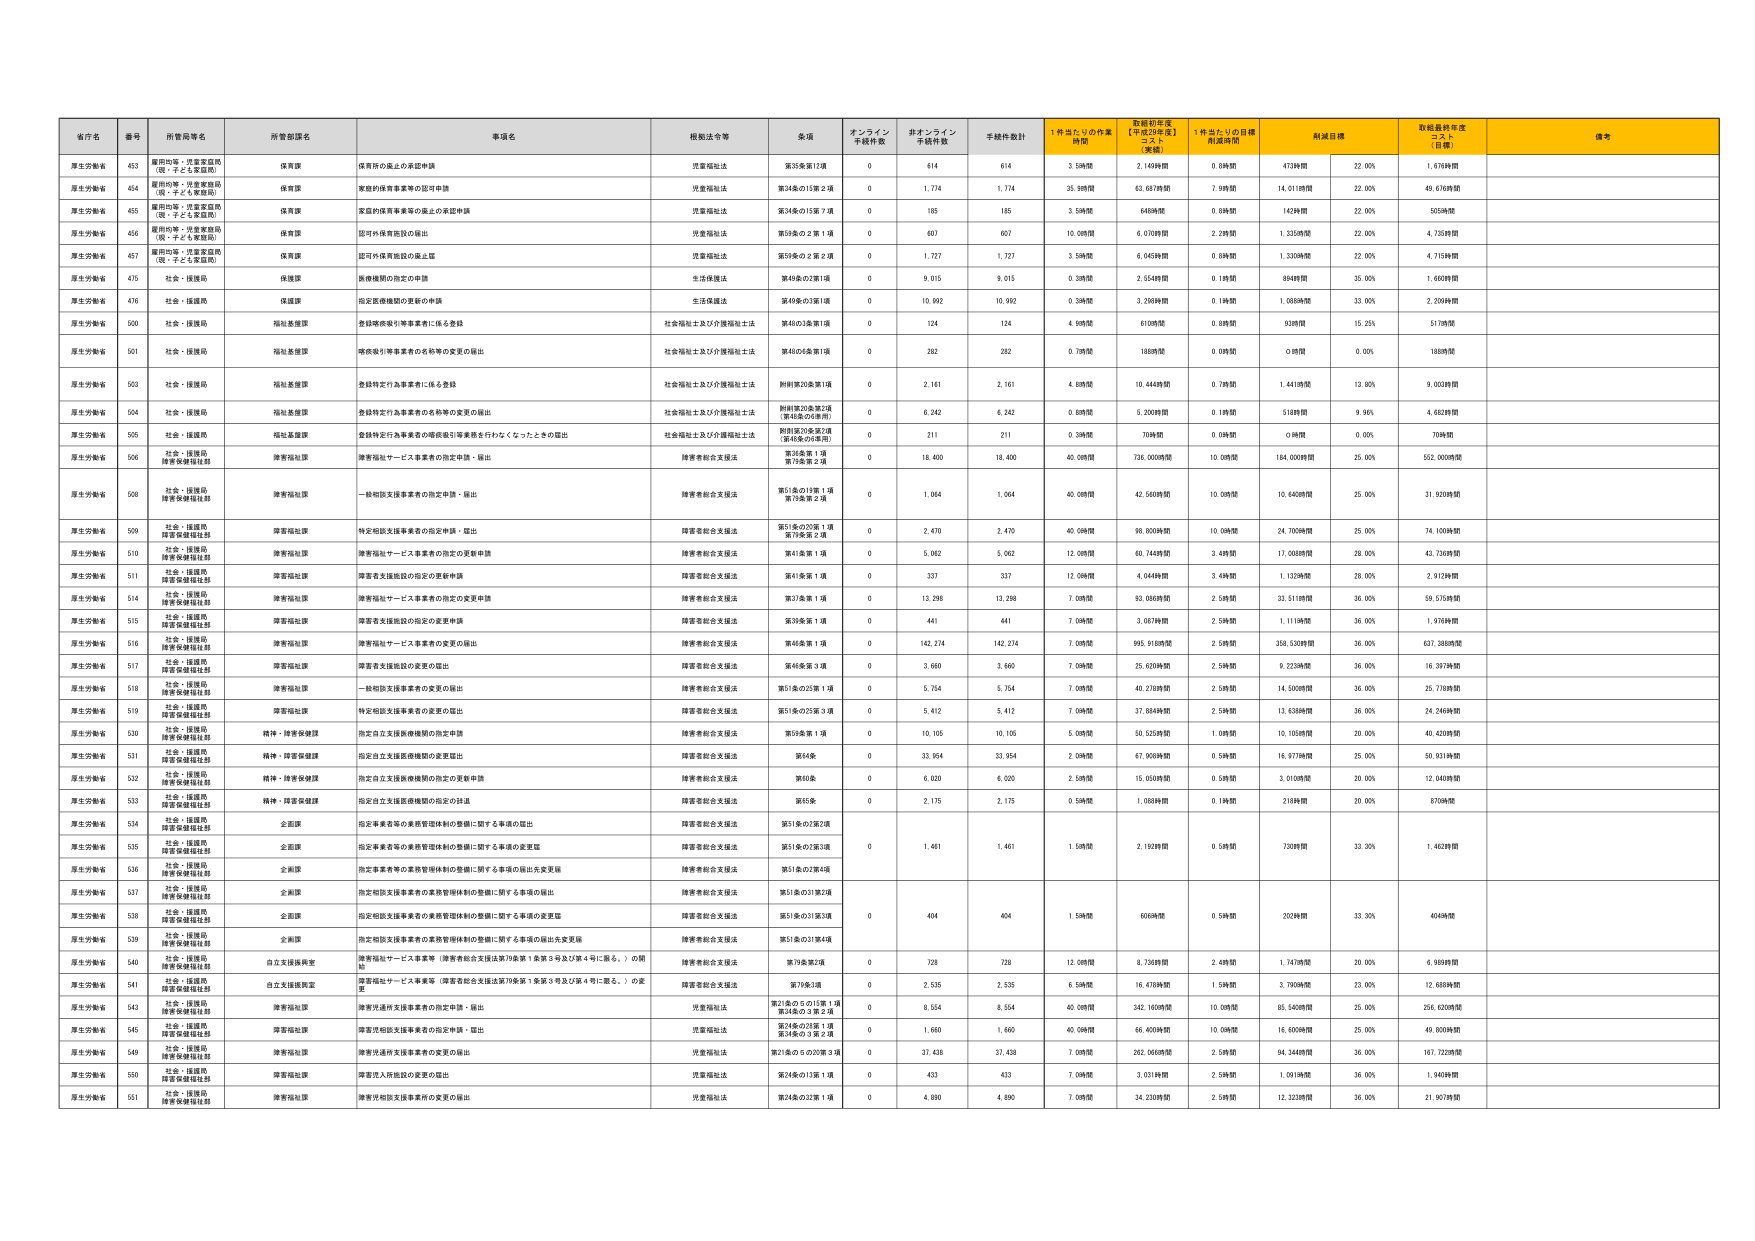
厚生労働省 453 雇用均等・児童家庭局 （就・子ども家庭局） 保育課 保育所の廃止の承認申請 児童福祉法 第35条第1項 0 614 614 3.59時間 2.149時間 0.69時間 473時間 22.00% 1.676時間
厚生労働省 454 雇用均等・児童家庭局 （就・子ども家庭局） 保育課 家庭的保育事業等の認可申請 児童福祉法 第34条の15第２項 1,774 1,774 35.69時間 63.687時間 7.99時間 14.011時間 22.00% 49.676時間
厚生労働省 455 雇用均等・児童家庭局 （就・子ども家庭局） 保育課 家庭的保育事業等の廃止の承認申請 児童福祉法 第34条の15第７項 0 185 185 3.59時間 646時間 0.69時間 143時間 22.00% 505時間
厚生労働省 456 雇用均等・児童家庭局 （就・子ども家庭局） 保育課 認可外保育施設の届出 児童福祉法 第59条の２第１項 0 607 607 10.09時間 6.070時間 2.29時間 1.335時間 22.00% 4.755時間
厚生労働省 457 雇用均等・児童家庭局 （就・子ども家庭局） 保育課 認可外保育施設の廃止届 児童福祉法 第59条の２第２項 0 1,727 1,727 3.59時間 6.045時間 0.69時間 1.330時間 22.00% 4.715時間
厚生労働省 475 社会・援護局 保護課 医療機関の指定の申請 生活保護法 第49条の2第1項 0 9,015 9,015 0.39時間 2.554時間 0.1時間 894時間 35.00% 1.660時間
厚生労働省 476 社会・援護局 保護課 指定医療機関の更新の申請 生活保護法 第49条の3第1項 0 10,992 10,992 0.39時間 3.298時間 0.1時間 1.080時間 33.00% 2.209時間
厚生労働省 500 社会・援護局 福祉基盤課 登録喀痰吸引等事業者に係る登録 社会福祉士及び介護福祉士法 第48の3条第1項 0 124 124 4.99時間 610時間 0.89時間 938時間 15.25% 517時間
厚生労働省 501 社会・援護局 福祉基盤課 喀痰吸引等事業者の名称等の変更の届出 社会福祉士及び介護福祉士法 第48の6条第1項 0 282 282 0.79時間 188時間 0.09時間 0時間 0.00% 188時間
厚生労働省 503 社会・援護局 福祉基盤課 登録特定行為事業者に係る登録 社会福祉士及び介護福祉士法 附則第20条第1項 0 2,161 2,161 4.89時間 10.444時間 0.79時間 1.441時間 13.80% 9.003時間
厚生労働省 504 社会・援護局 福祉基盤課 登録特定行為事業者の名称等の変更の届出 社会福祉士及び介護福祉士法 附則第20条第2項 （第48条の6参照） 0 6,242 6,242 0.89時間 5.200時間 0.1時間 519時間 9.90% 4.682時間
厚生労働省 505 社会・援護局 福祉基盤課 登録特定行為事業者の場所変更等業務を行わなくなったときの届出 社会福祉士及び介護福祉士法 附則第20条第2項 （第48条の6参照） 0 211 211 0.39時間 70時間 0.09時間 0時間 0.00% 70時間
厚生労働省 506 社会・援護局 障害保健福祉部 障害福祉サービス事業者の指定申請・届出 障害者総合支援法 第36条第１項 第71条第２項 0 18,400 18,400 40.09時間 736.000時間 10.09時間 184.000時間 25.00% 552.000時間
厚生労働省 508 社会・援護局 障害保健福祉部 障害福祉部 一般相談支援事業者の指定申請・届出 障害者総合支援法 第51条の19第１項 第79条第２項 0 1,064 1,064 40.09時間 42.560時間 10.09時間 10.640時間 25.00% 31.920時間
厚生労働省 509 社会・援護局 障害保健福祉部 障害福祉部 特定相談支援事業者の指定申請・届出 障害者総合支援法 第51条の20第１項 第79条第２項 0 2,470 2,470 40.09時間 98.800時間 10.09時間 24.700時間 25.00% 74.100時間
厚生労働省 510 社会・援護局 障害保健福祉部 障害福祉部 障害福祉サービス事業者の指定の更新申請 障害者総合支援法 第41条第１項 0 5,062 5,062 12.09時間 60.744時間 3.49時間 17.038時間 28.00% 43.736時間
厚生労働省 511 社会・援護局 障害保健福祉部 障害福祉部 障害者支援施設の指定の更新申請 障害者総合支援法 第41条第１項 0 337 337 12.09時間 4.044時間 3.49時間 1.132時間 28.00% 2.912時間
厚生労働省 514 社会・援護局 障害保健福祉部 障害福祉部 障害福祉サービス事業者の指定の変更申請 障害者総合支援法 第37条第１項 0 13,298 13,298 7.09時間 93.086時間 2.59時間 33.511時間 36.00% 59.575時間
厚生労働省 515 社会・援護局 障害保健福祉部 障害福祉部 障害者支援施設の指定の変更申請 障害者総合支援法 第39条第１項 0 441 441 7.09時間 3.087時間 2.59時間 1.111時間 36.00% 1.976時間
厚生労働省 516 社会・援護局 障害保健福祉部 障害福祉部 障害福祉サービス事業者の変更の届出 障害者総合支援法 第48条第１項 0 142,274 142,274 7.09時間 995.918時間 2.59時間 358.530時間 36.00% 637.388時間
厚生労働省 517 社会・援護局 障害保健福祉部 障害福祉部 障害者支援施設の変更の届出 障害者総合支援法 第48条第３項 0 3,660 3,660 7.09時間 25.620時間 2.59時間 9.223時間 36.00% 16.397時間
厚生労働省 518 社会・援護局 障害保健福祉部 障害福祉部 一般相談支援事業者の変更の届出 障害者総合支援法 第51条の25第１項 0 5,754 5,754 7.09時間 40.278時間 2.59時間 14.500時間 36.00% 25.778時間
厚生労働省 519 社会・援護局 障害保健福祉部 障害福祉部 特定相談支援事業者の変更の届出 障害者総合支援法 第51条の25第３項 0 5,412 5,412 7.09時間 37.884時間 2.59時間 13.638時間 36.00% 24.246時間
厚生労働省 530 社会・援護局 障害保健福祉部 精神・障害保健課 指定自立支援医療機関の指定申請 障害者総合支援法 第59条第１項 0 10,105 10,105 5.09時間 50.525時間 1.09時間 10.105時間 20.00% 40.420時間
厚生労働省 531 社会・援護局 障害保健福祉部 精神・障害保健課 指定自立支援医療機関の変更届出 障害者総合支援法 第64条 0 33,954 33,954 2.09時間 67.908時間 0.59時間 16.977時間 25.00% 50.931時間
厚生労働省 532 社会・援護局 障害保健福祉部 精神・障害保健課 指定自立支援医療機関の指定の更新申請 障害者総合支援法 第60条 0 6,020 6,020 2.59時間 15.050時間 0.59時間 3.010時間 20.00% 12.040時間
厚生労働省 533 社会・援護局 障害保健福祉部 精神・障害保健課 指定自立支援医療機関の指定の抹消 障害者総合支援法 第65条 0 2,175 2,175 0.59時間 1.088時間 0.1時間 218時間 20.00% 870時間
厚生労働省 534 社会・援護局 障害保健福祉部 企画課 指定事業者等の業務管理体制の整備に関する事項の届出 障害者総合支援法 第51条の2第2項
厚生労働省 535 社会・援護局 障害保健福祉部 企画課 指定事業者等の業務管理体制の整備に関する事項の変更届 障害者総合支援法 第51条の2第3項 0 1,461 1,461 1.59時間 2.192時間 0.59時間 730時間 33.30% 1.462時間
厚生労働省 536 社会・援護局 障害保健福祉部 企画課 指定事業者等の業務管理体制の整備に関する事項の届出先変更届 障害者総合支援法 第51条の2第4項
厚生労働省 537 社会・援護局 障害保健福祉部 企画課 指定相談支援事業者の業務管理体制の整備に関する事項の届出 障害者総合支援法 第51条の31第2項
厚生労働省 538 社会・援護局 障害保健福祉部 企画課 指定相談支援事業者の業務管理体制の整備に関する事項の変更届 障害者総合支援法 第51条の31第3項 0 404 404 1.59時間 606時間 0.59時間 202時間 33.30% 404時間
厚生労働省 539 社会・援護局 障害保健福祉部 企画課 指定相談支援事業者の業務管理体制の整備に関する事項の届出先変更届 障害者総合支援法 第51条の31第4項
厚生労働省 540 社会・援護局 障害保健福祉部 自立支援振興室 障害福祉サービス事業等（障害者総合支援法第79条第１条第３号及び第４号に限る。）の開始 障害者総合支援法 第79条第2項 0 728 728 12.09時間 8.736時間 2.49時間 1.747時間 20.00% 6.989時間
厚生労働省 541 社会・援護局 障害保健福祉部 自立支援振興室 障害福祉サービス事業等（障害者総合支援法第79条第１条第３号及び第４号に限る。）の変更 障害者総合支援法 第79条3項 0 2,535 2,535 6.59時間 16.470時間 1.59時間 3.700時間 23.00% 12.680時間
厚生労働省 543 社会・援護局 障害保健福祉部 障害福祉部 障害児通所支援事業者の指定申請・届出 児童福祉法 第24条の5の13第１項 第34条の３第２項 0 8,554 8,554 40.09時間 342.160時間 10.09時間 85.540時間 25.00% 256.620時間
厚生労働省 545 社会・援護局 障害保健福祉部 障害福祉部 障害児相談支援事業者の指定申請・届出 児童福祉法 第24条の23第１項 第24条の３第２項 0 1,660 1,660 40.09時間 66.400時間 10.09時間 16.600時間 25.00% 49.800時間
厚生労働省 549 社会・援護局 障害保健福祉部 障害福祉部 障害児通所支援事業者の変更の届出 児童福祉法 第24条の5の20第３項 0 37,438 37,438 7.09時間 262.060時間 2.59時間 94.344時間 36.00% 167.722時間
厚生労働省 550 社会・援護局 障害保健福祉部 障害福祉部 障害児入所施設の変更の届出 児童福祉法 第24条の13第１項 0 433 433 7.09時間 3.031時間 2.59時間 1.091時間 36.00% 1.940時間
厚生労働省 551 社会・援護局 障害保健福祉部 障害福祉部 障害児相談支援事業所の変更の届出 児童福祉法 第24条の33第１項 0 4,890 4,890 7.09時間 34.230時間 2.59時間 12.323時間 36.00% 21.907時間